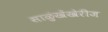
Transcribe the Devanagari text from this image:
साळुंखेंखेरीज